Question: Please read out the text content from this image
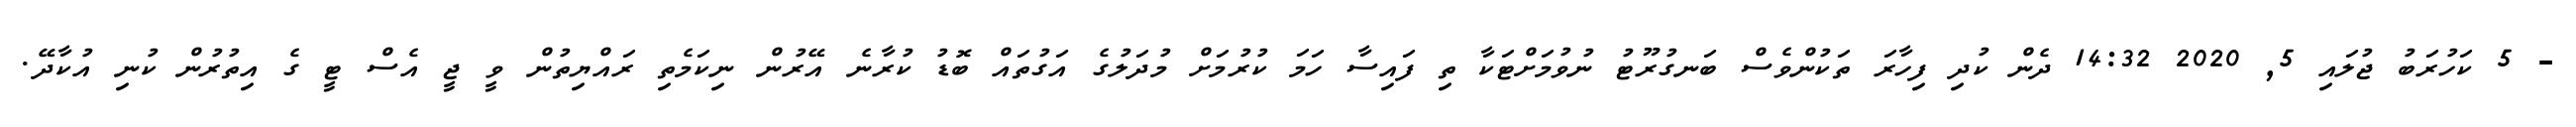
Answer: - 5 ކަހުރަބު ޖުލައި 5, 2020 14:32 ދެން ކުދި ފިހާރަ ތަކުންވެސް ބަނގުރޫޓު ނުވުމަށްޓަކާ ތި ފައިސާ ހަމަ ކުރުމަށް މުދަލުގެ އަގުތައް ބޮޑު ކުރާނެ އޭރުން ނިކަމެތި ރައްޔިތުން ވީ ޖީ އެސް ޓީ ގެ އިތުރުން ކުނި އުކާދޭ.